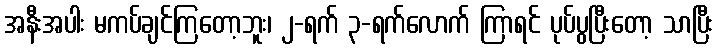
အနီးအပါး မကပ်ချင်ကြတော့ဘူး၊ ၂-ရက် ၃-ရက်လောက် ကြာရင် ပုပ်ပွပြီးတော့ သာပြီး